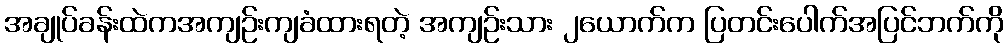
အချုပ်ခန်းထဲကအကျဉ်းကျခံထားရတဲ့ အကျဉ်းသား ၂ယောက်က ပြတင်းပေါက်အပြင်ဘက်ကို